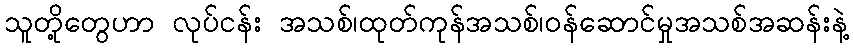
သူတို့တွေဟာ လုပ်ငန်း အသစ်၊ထုတ်ကုန်အသစ်၊ဝန်ဆောင်မှုအသစ်အဆန်းနဲ့